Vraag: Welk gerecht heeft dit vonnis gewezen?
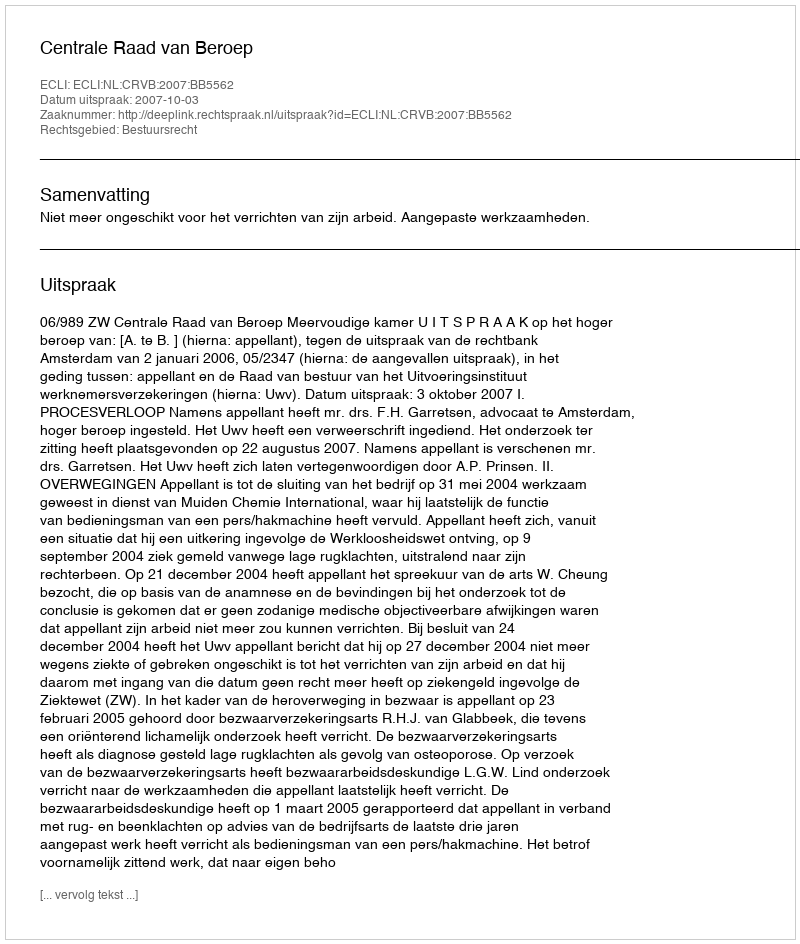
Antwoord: Centrale Raad van Beroep